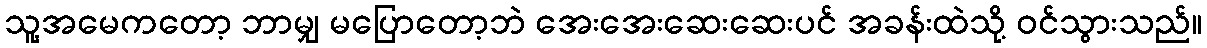
သူ့အမေကတော့ ဘာမျှ မပြောတော့ဘဲ အေးအေးဆေးဆေးပင် အခန်းထဲသို့ ဝင်သွားသည်။